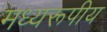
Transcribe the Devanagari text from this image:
मध्यरूपीय